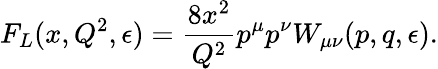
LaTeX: F_{L}(x,Q^{2},\epsilon)=\frac{8x^{2}}{Q^{2}}p^{\mu}p^{\nu}W_{\mu\nu}(p,q,\epsilon).